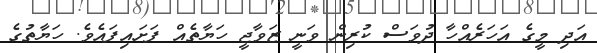
އަދި މީގެ އަހަރެއްހާ ދުވަސް ކުރިން ވަނީ ޒަވާޖީ ހަޔާތެއް ފަށައިފައެވެ. ހަޔާތުގެ